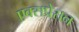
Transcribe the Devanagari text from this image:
एक्सप्रेसन